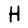
Character: H